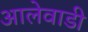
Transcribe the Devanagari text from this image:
आलेवाडी